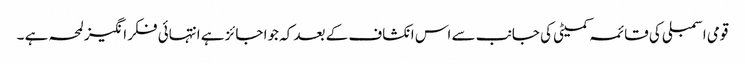
قومی اسمبلی کی قائمہ کمیٹی کی جانب سے اس انکشاف کے بعد کہ جوا جائز ہے انتہائی فکر انگیز لمحہ ہے ۔